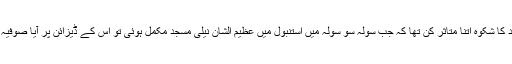
آیا صوفیہ چرچ کے گنبد کا شکوہ اتنا متاثر کن تھا کہ جب سولہ سو سولہ میں استنبول میں عظیم الشان نیلی مسجد مکمل ہوئی تو اس کے ڈیزائن پر آیا صوفیہ کا آرکیٹیکچر غالب تھا۔